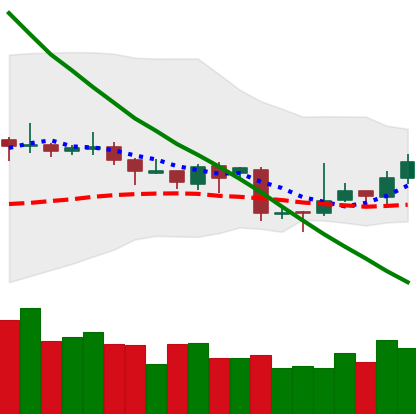
Ticker: TRX-USD
Chart end date: 2018-11-05
Forward return: -3.041%
Label: down_3_5